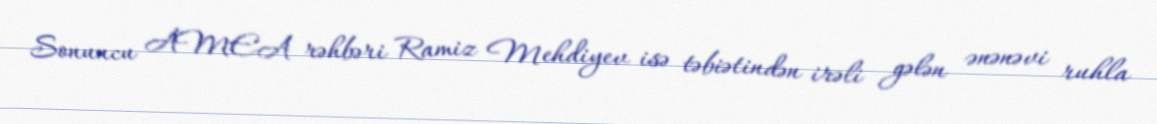
Sonuncu AMEA rəhbəri Ramiz Mehdiyev isə təbiətindən irəli gələn ənənəvi ruhla